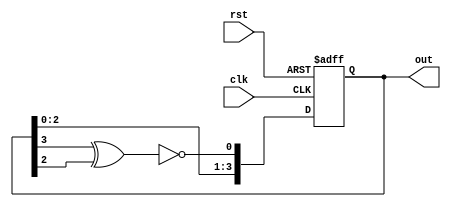
module lfsr(out, clk, rst);

	output reg [3:0] out;
	input clk, rst;

  wire feedback;

  assign feedback = ~(out[3] ^ out[2]);

always @(posedge clk, posedge rst)
  begin
    if (rst)
      out <= 4'b0;
    else
      out <= {out[2:0],feedback};
  end



endmodule